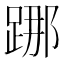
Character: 𨁌